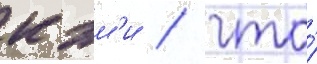
к эм'и / что́